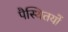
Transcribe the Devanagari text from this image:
पैस्थितयों